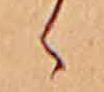
ゝ